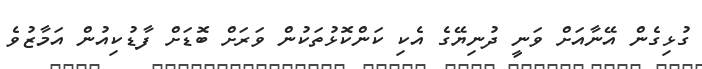
ގުޅިގެން އޭނާއަށް ވަނީ ދުނިޔޭގެ އެކި ކަންކޮޅުތަކުން ވަރަށް ބޮޑަށް ފާޑުކިއުން އަމާޒުވެ